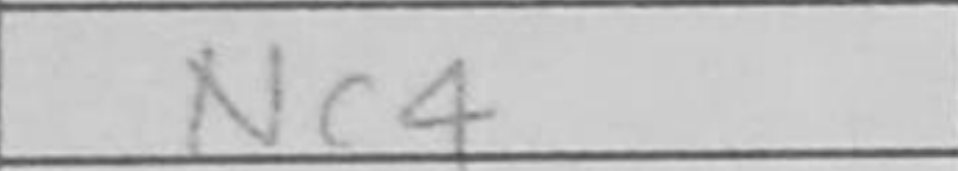
Transcription: Nc4